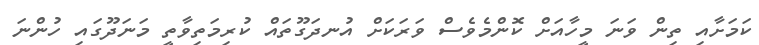
ކަމަށާއި ތިން ވަނަ މީހާއަށް ކޮންމެވެސް ވަރަކަށް އުނދަގޫތައް ކުރިމަތިވާތީ މަނަދޫގައި ހުންނަ